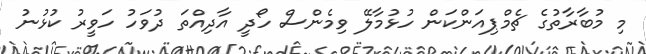
މި މުބާރާތުގެ ޗެމްޕިއަންކަން ހުޅުމާލޭ ވިމެންސް ހޯދީ އާދިއްތަ ދުވަހު ހަވީރު ކުޅުނު